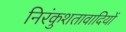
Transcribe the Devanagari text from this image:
निरंकुशतावादियों